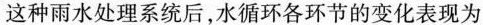
这种雨水处理系统后，水循环各环节的变化表现为